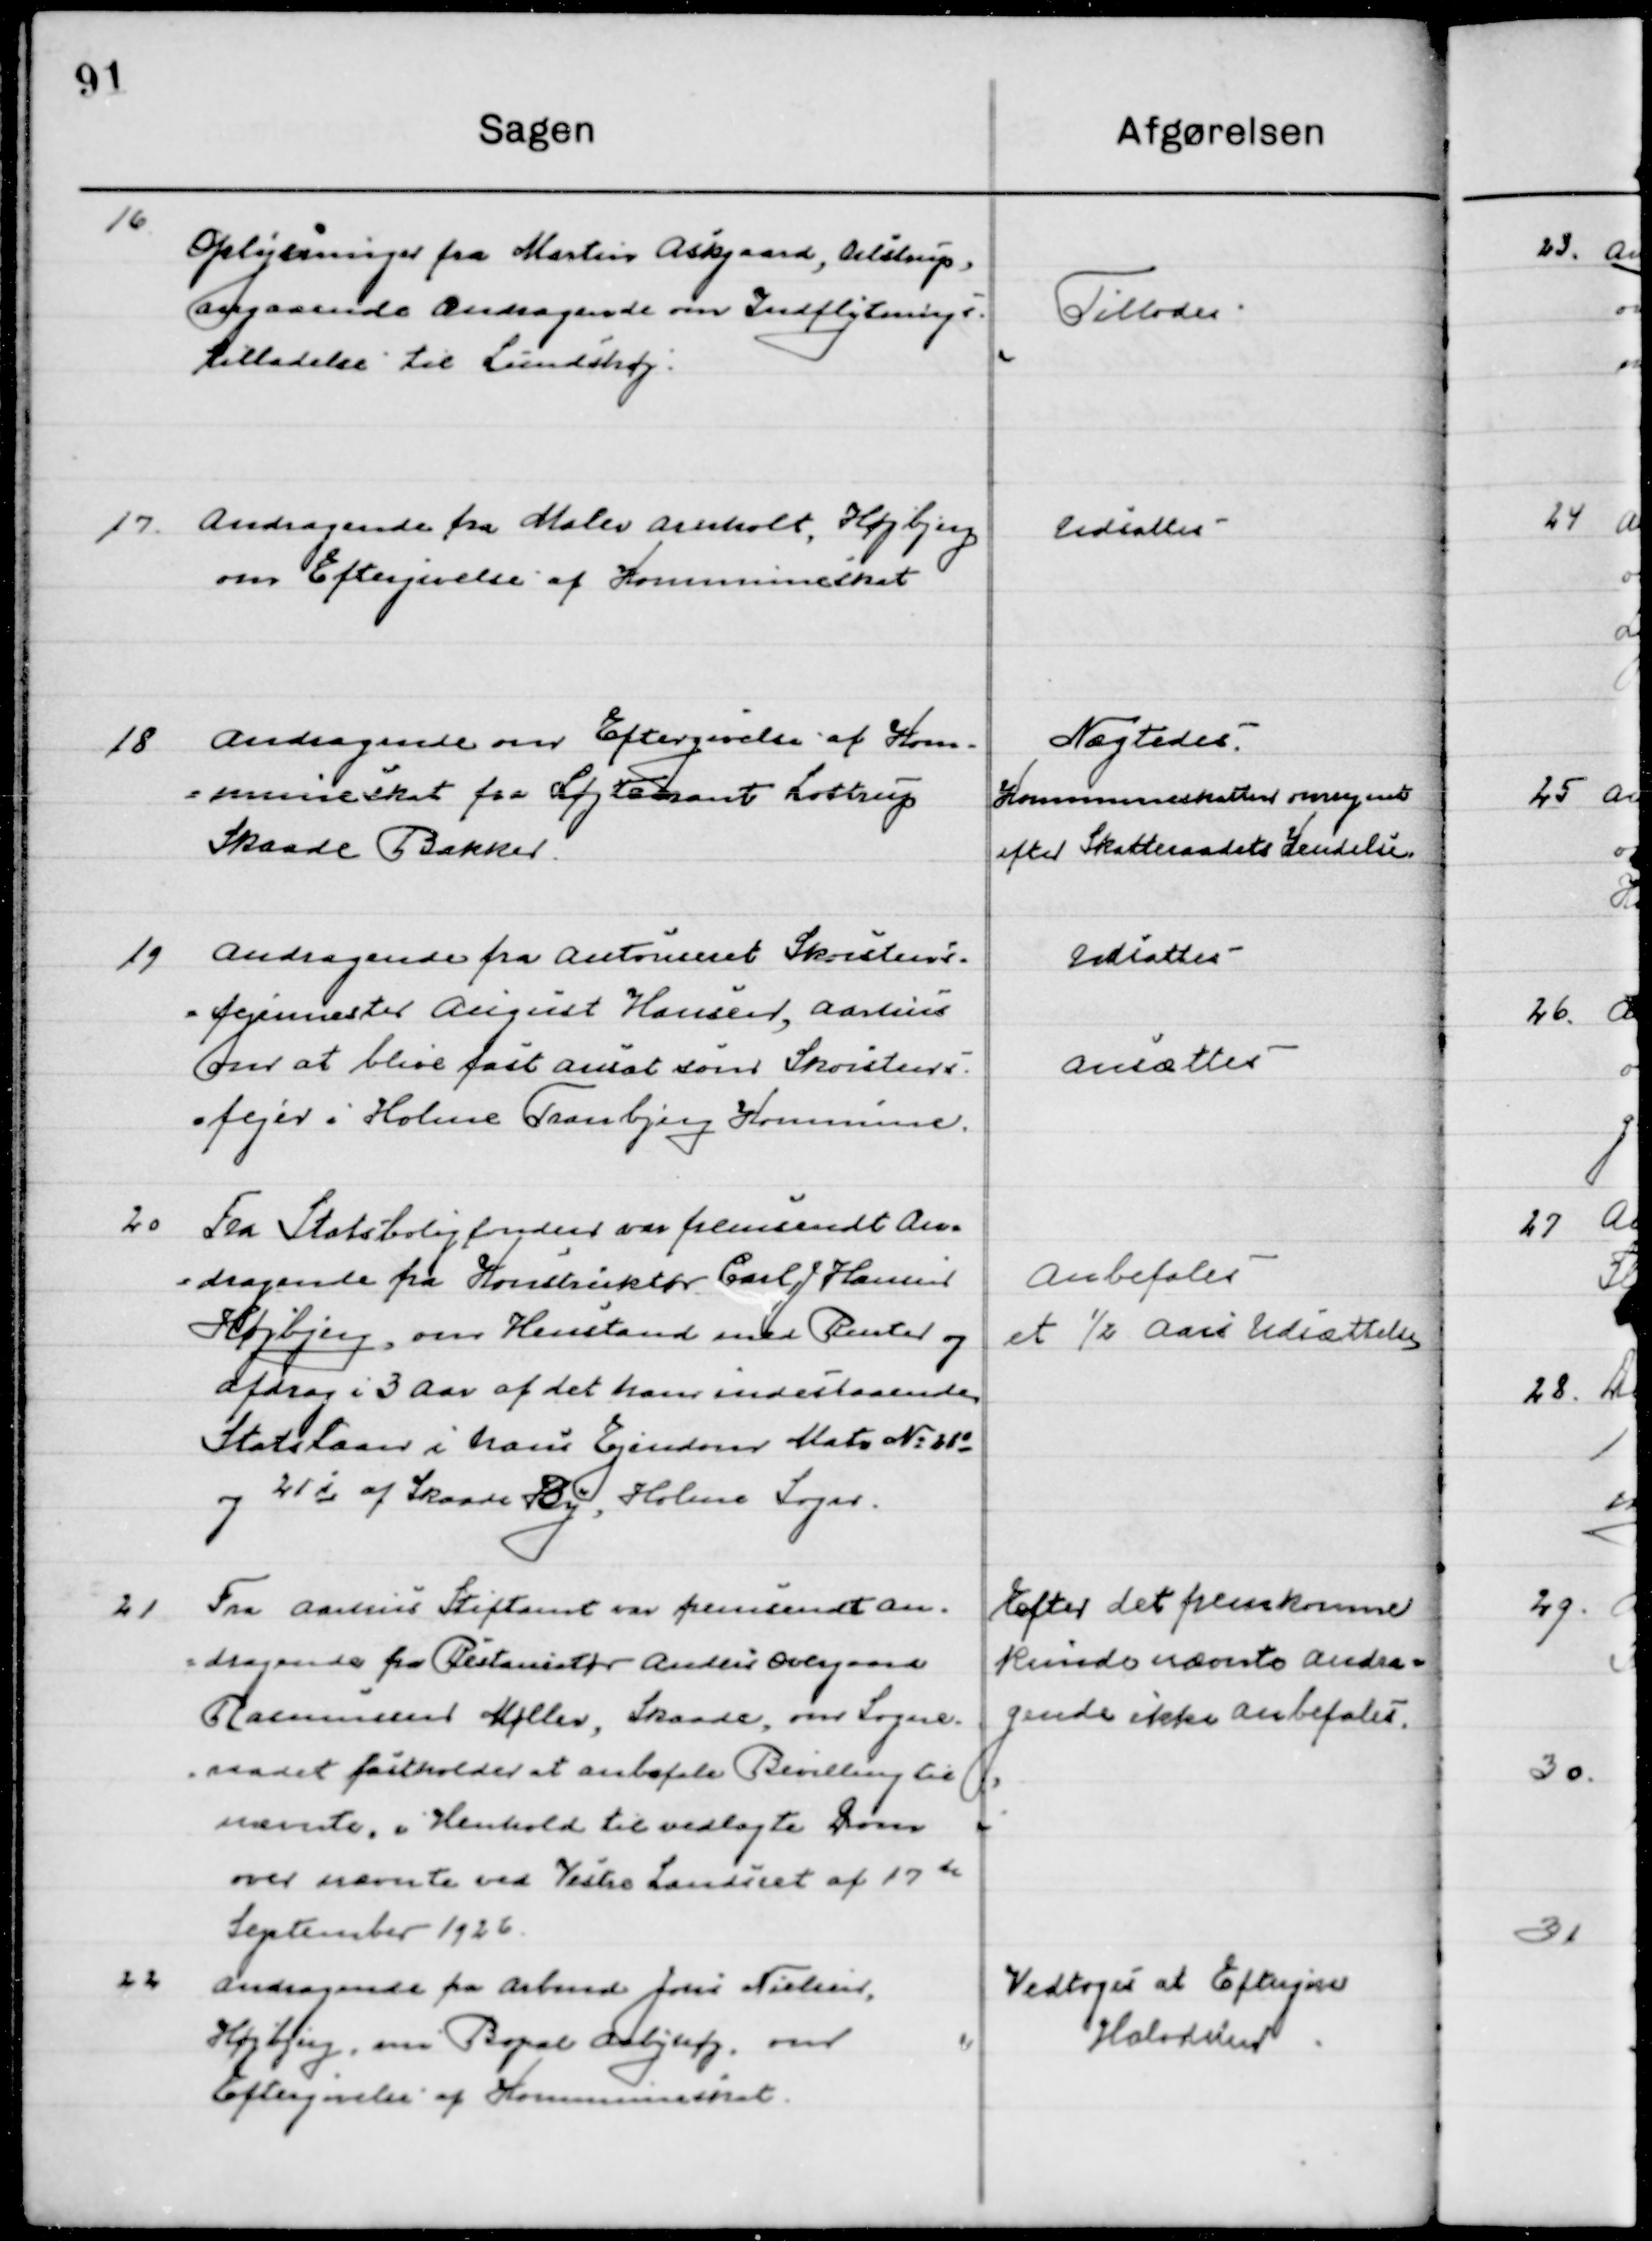
Transskription:
16

Oplysning fra Martin Askgaard, Dalstrup,
angaaende Andragende om Indflytnings-
tilladelse til Lundshøj.

Tillodes

17

Andragende fra Maler Arnholt, Højbjerg
om Eftergivelse af Kommuneskat

Udsattes

18

Andragende om Eftergivelse af Kom-
=muneskat fra Løgten samt Lottrup
Skaade Bakker.

Nægtedes
Kommuneskatten omregnet
efter Skatteraadets Kendelse

19

Andragende fra Autoriseret Skorstens-
=fejermester August Hansen, Aarhus
om at blive fast ansat som Skorstens-
=fejer i Holme Tranbjerg Kommune.

Udsattes
Ansættes

20

Fra Statsboligfonden var fremsendt 
Andragende fra Konstruktør Carl J. Hansen
Højbjerg, om Henstand med Renter og 
Afdrag i 3 Aar af det hans indestaaende
Statslaan i hans Ejendom Matr. № 28d
og 21i af Skaade By, Holme Sogn.

Anbefales 
et ½ Aars udsættelse

21

Fra Aarhus Stiftsamt var fremsendt An-
=dragende fra Restauratør Anders Overgaard
Rasmussen Møller, Skaade, om Sogne-
=raadet fastholder at anbefale Bevilling til
nævnte i Henhold til vedtaget Dom
over nævnte ved Vester Landsret af 17de 
September 1926.

Efter det fremkomne 
kunde nævnte andra=
gende ikke anbefales.

22

Andragende fra Arbmd. Jens Nielsen,
Højbjerg, om Bopæl Aabyhøj, om
Eftergivelse af Kommuneskat.

Vedtoges at Eftergive
Halvdelen.